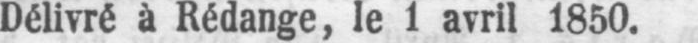
Délivré à Rédange, le 1 avril 1850.